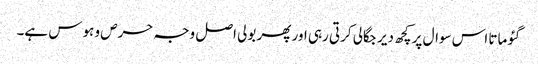
گئو ماتا اس سوال پر کچھ دیر جگالی کرتی رہی اور پھر بولی اصل وجہ حرص و ہوس ہے۔